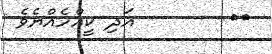
٣٦        އަދި ކީއްހެއްޔެވެ